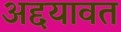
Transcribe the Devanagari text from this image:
अद्दयावत